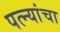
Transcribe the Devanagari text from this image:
पत्‍न्यांचा